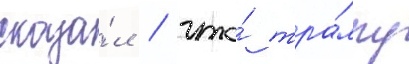
сказа́л / что́ тра́мпу